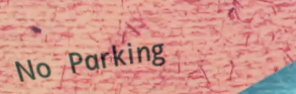
No Parking